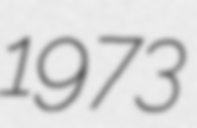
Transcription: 1973